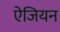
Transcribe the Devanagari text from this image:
ऐजियन